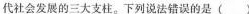
代社会发展的三大支柱。下列说法错误的是()